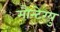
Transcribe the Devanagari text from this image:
मौन्टेग्यु